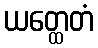
ယတ္ထေတံ